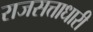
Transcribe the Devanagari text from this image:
राजसत्ताधारी